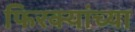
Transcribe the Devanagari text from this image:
फिरक्यांच्या